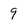
Character: 9